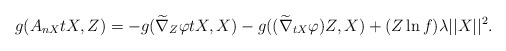
\begin{align*}g(A_{nX}tX,Z)=-g(\widetilde\nabla_{Z}\varphi tX, X)-g((\widetilde\nabla_{tX}\varphi) Z, X)+(Z\ln f)\lambda\vert\vert X \vert\vert^{2}.\end{align*}